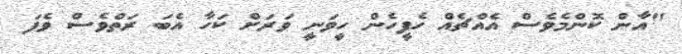
"އާން ކޮންމެވެސް އެއްޗެއް ހެފީހެން ހީވަނީ ވަރަށް ކަހާ އެބަ ރަތްވެސް ވެފަ